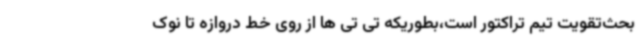
بحث‌تقویت تیم تراکتور است،بطوریکه تی تی ها از روی خط دروازه تا نوک